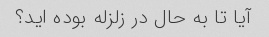
آیا تا به حال در زلزله بوده اید؟